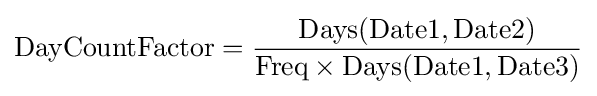
\mathrm {DayCountFactor} ={\frac {\mathrm {Days} (\mathrm {Date1} ,\mathrm {Date2} )}{\mathrm {Freq} \times \mathrm {Days} (\mathrm {Date1} ,\mathrm {Date3} )}}